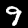
Label: 9